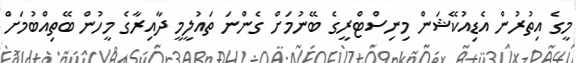
މީގެ އިތުރުން އެޑިއުކޭޝަން މިނިސްޓްރީގެ ބޭނުމަށް ގެންނަ ތައުލީމީ ދާއިރާގެ މީހުން ބޭތިއްބުމަށް